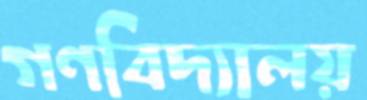
গণবিদ্যালয়